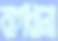
বাগধানা